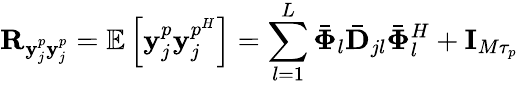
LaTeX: \mathbf{R}_{\mathbf{y}_{j}^{p}\mathbf{y}_{j}^{p}}=\mathbb{E}\left[\mathbf{y}_{j}^{p}\mathbf{y}_{j}^{p^{H}}\right]=\sum_{l=1}^{L}\bar{\boldsymbol{\Phi}}_{l}\bar{\mathbf{D}}_{jl}\bar{\boldsymbol{\Phi}}_{l}^{H}+\mathbf{I}_{M\tau_{p}}